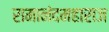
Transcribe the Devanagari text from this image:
रामानंदमहाराज